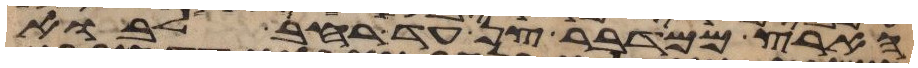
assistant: הארץ ממדבר צן עד רחב לבוא